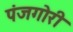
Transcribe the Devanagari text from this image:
पंजगोरी